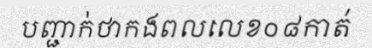
បញ្ជាក់ថាកងពលលេខ០៨កាត់